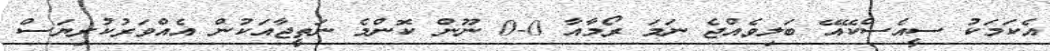
އެކަމަކު ސީއެސްކޭއޭ ބަލިވެއްޖެ ނަމަ ރޯމާއާ 0-0 ނޫން ކޮންމެ ނަތީޖާއަކުން އެއްވަރުކުރިޔަސް